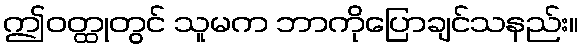
ဤဝတ္ထုတွင် သူမက ဘာကိုပြောချင်သနည်း။